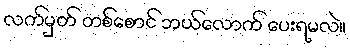
လက်မှတ် တစ်စောင် ဘယ်လောက် ပေးရမလဲ။